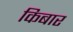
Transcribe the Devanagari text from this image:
किबार